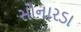
સોનારડા